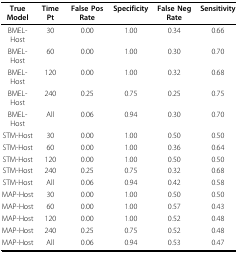
| True Model | Time Pt | False Pos Rate | Specificity | False Neg Rate | Sensitivity |
 | --- | --- | --- | --- | --- | --- |
 | BMEL-Host | 30 | 0.00 | 1.00 | 0.34 | 0.66 |
 | BMEL-Host | 60 | 0.00 | 1.00 | 0.30 | 0.70 |
 | BMEL-Host | 120 | 0.00 | 1.00 | 0.32 | 0.68 |
 | BMEL-Host | 240 | 0.25 | 0.75 | 0.25 | 0.75 |
 | BMEL-Host | All | 0.06 | 0.94 | 0.30 | 0.70 |
 | STM-Host | 30 | 0.00 | 1.00 | 0.50 | 0.50 |
 | STM-Host | 60 | 0.00 | 1.00 | 0.36 | 0.64 |
 | STM-Host | 120 | 0.00 | 1.00 | 0.50 | 0.50 |
 | STM-Host | 240 | 0.25 | 0.75 | 0.32 | 0.68 |
 | STM-Host | All | 0.06 | 0.94 | 0.42 | 0.58 |
 | MAP-Host | 30 | 0.00 | 1.00 | 0.50 | 0.50 |
 | MAP-Host | 60 | 0.00 | 1.00 | 0.57 | 0.43 |
 | MAP-Host | 120 | 0.00 | 1.00 | 0.52 | 0.48 |
 | MAP-Host | 240 | 0.25 | 0.75 | 0.52 | 0.48 |
 | MAP-Host | All | 0.06 | 0.94 | 0.53 | 0.47 |